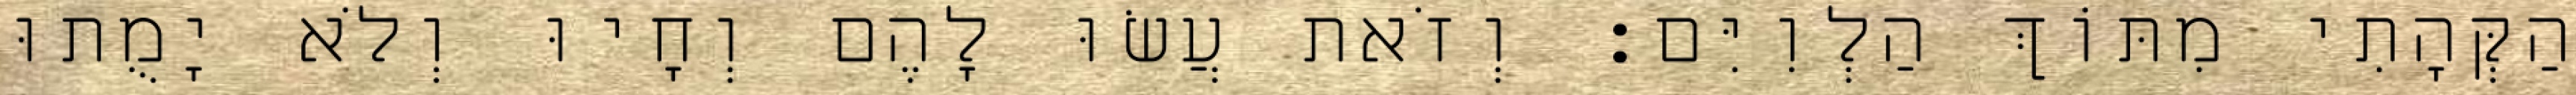
הַקְּהָתִי מִתּוֹךְ הַלְוִיִּם׃ וְזֹאת עֲשׂוּ לָהֶם וְחָיוּ וְלֹא יָמֻתוּ